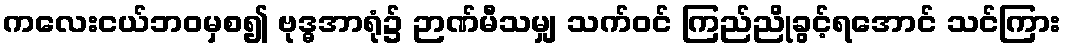
ကလေးငယ်ဘဝမှစ၍ ဗုဒ္ဓအာရုံ၌ ဉာဏ်မီသမျှ သက်ဝင် ကြည်ညိုခွင့်ရအောင် သင်ကြား